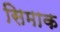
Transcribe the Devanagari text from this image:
सिमाक